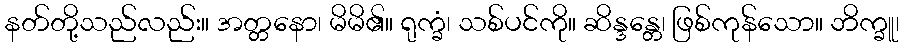
နတ်တို့သည်လည်း။ အတ္တနော၊ မိမိ၏။ ရုက္ခံ၊ သစ်ပင်ကို။ ဆိန္ဒန္တေ၊ ဖြစ်ကုန်သော။ ဘိက္ခူ၊